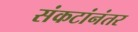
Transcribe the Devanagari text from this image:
संकटांनंतर